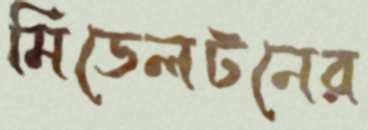
মিডেলটনের